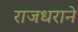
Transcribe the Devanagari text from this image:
राजधराने